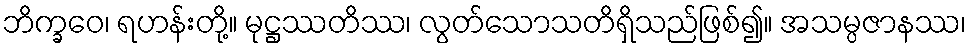
ဘိက္ခဝေ၊ ရဟန်းတို့။ မုဋ္ဌဿတိဿ၊ လွတ်သောသတိရှိသည်ဖြစ်၍။ အသမ္ပဇာနဿ၊